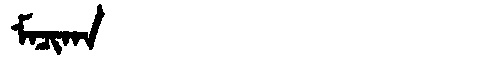
Manchu: ᠮᠠᠴᡳᡴᠠ
Romanization: MACIKA